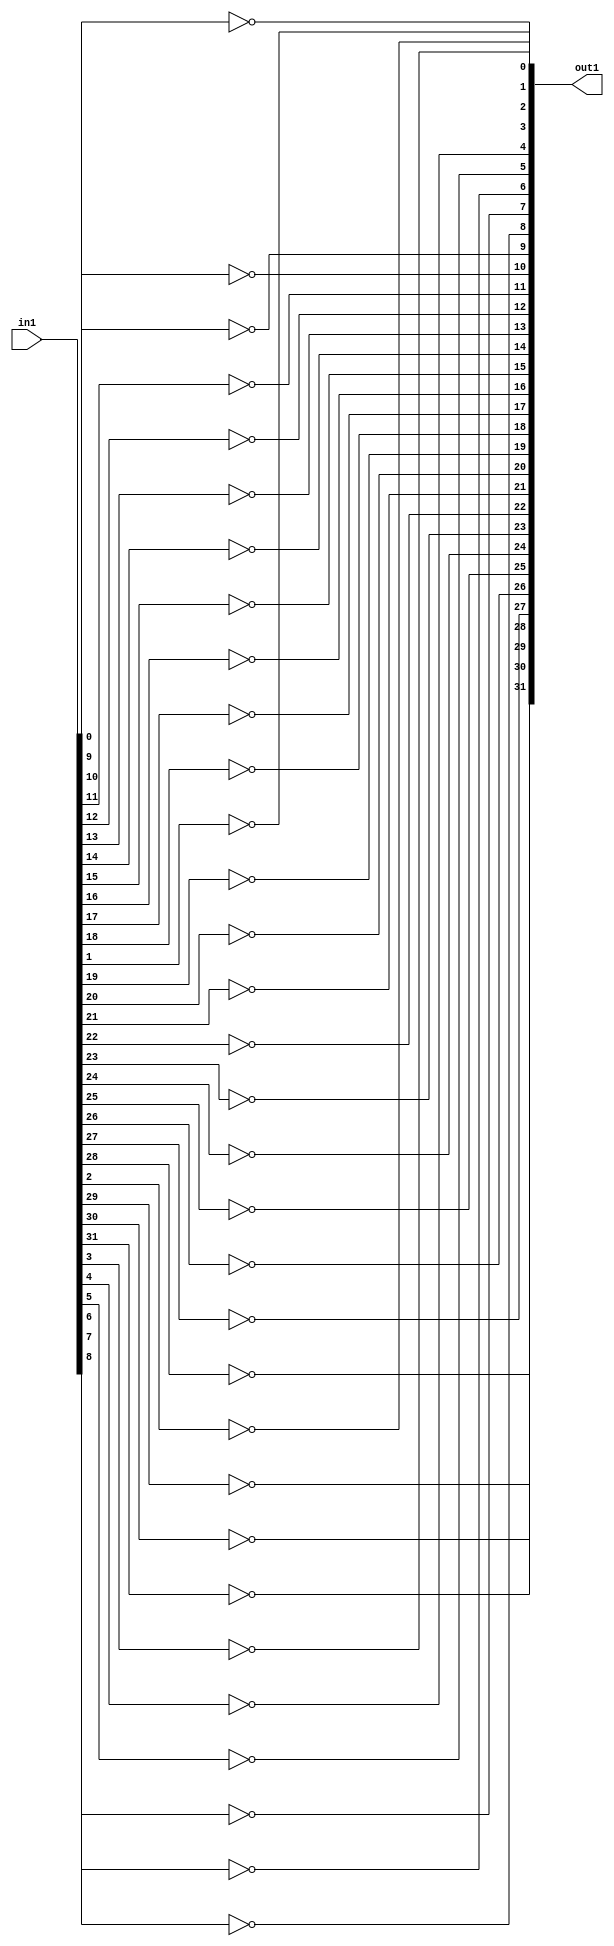
`timescale 1ns / 1ps
//////////////////////////////////////////////////////////////////////////////////
// Company: 
// Engineer: 
// 
// Design Name: 
// Module Name: 1bNOT
// Project Name: 
// Target Devices: 
// Tool Versions: 
// Description: 
// 
// Dependencies: 
// 
// Revision:
// Revision 0.01 - File Created
// Additional Comments:
// 
//////////////////////////////////////////////////////////////////////////////////


module bNOT

    # (    parameter N = 32)
    (out1, in1);
    input [N-1:0] in1;
    output [N-1:0] out1;
    
    genvar i;
    
    generate 
        for (i = 0; i < N; i = i + 1) begin
            assign out1[i] = ~in1[i];
        end
    endgenerate
    
    
endmodule